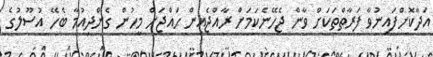
އަދާކޮށްފައިނުވާ ފަރާތްތަކަށް ވާން ޖެހޭނެކަމަށް ރާއްޖެއިން ޙައްޖަށް މީހުން ގެންދިއުމާ ބެހޭ އުސޫލުގެ